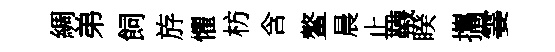
綢弟飼斿懼枋含鳌晨止韈睽攜霎